画像に写った文字を読んでください
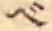
「ベ」と書いてあります